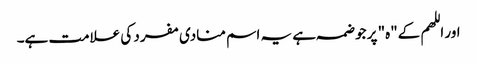
اور اللھم کے"ہ" پر جو ضمہ ہے یہ اسم منادی مفرد کی علامت ہے۔